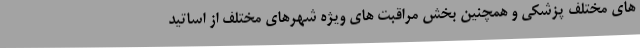
های مختلف پزشکی و همچنین بخش مراقبت های ویژه شهرهای مختلف از اساتید